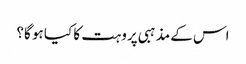
اس کے مذہبی پروہت کا کیا ہو گا؟